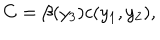
C = \beta ( y _ { 3 } ) c ( y _ { 1 } , y _ { 2 } ) ,